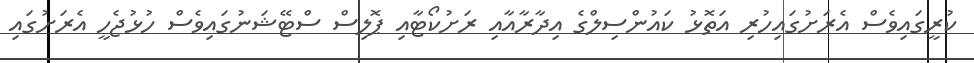
ކުރީގައިވެސް އެރަށުގައިހުރި އަތޮޅު ކައުންސިލްގެ އިދާރާއާއި ރަށުކޯޓާއި ޕޮލިސް ސްޓޭޝަނުގައިވެސް ހުޅުޖެހީ އެރަށުގައި